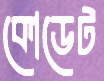
কোডেট